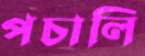
পচালি